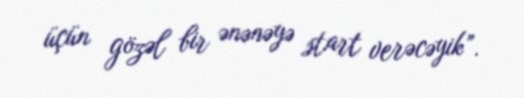
üçün gözəl bir ənənəyə start verəcəyik”.